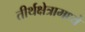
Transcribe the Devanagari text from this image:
तीर्थक्षेत्रामध्ये